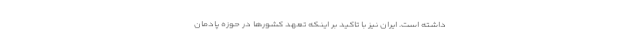
داشته است. ایران نیز با تاکید بر اینکه تعهد کشورها در حوزه پادمان